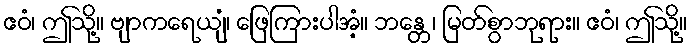
ဧဝံ၊ ဤသို့။ ဗျာကရေယျံ၊ ဖြေကြားပါအံ့။ ဘန္တေ၊ မြတ်စွာဘုရား။ ဧဝံ၊ ဤသို့။